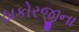
ઠાકોરજીના